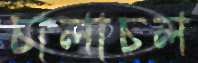
চালাচল